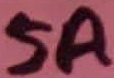
Text: 5A